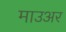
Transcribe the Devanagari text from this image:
माउअर